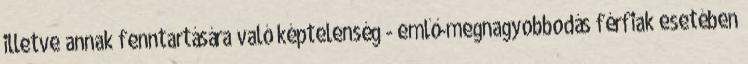
illetve annak fenntartására való képtelenség - emlő-megnagyobbodás férfiak esetében